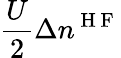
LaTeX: \frac{U}{2}\Delta n^{\mathrm{~H~F~}}